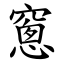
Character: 窻